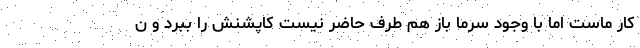
کار ماست اما با وجود سرما باز هم طرف حاضر نیست کاپشنش را ببرد و ن